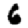
Digit: 6